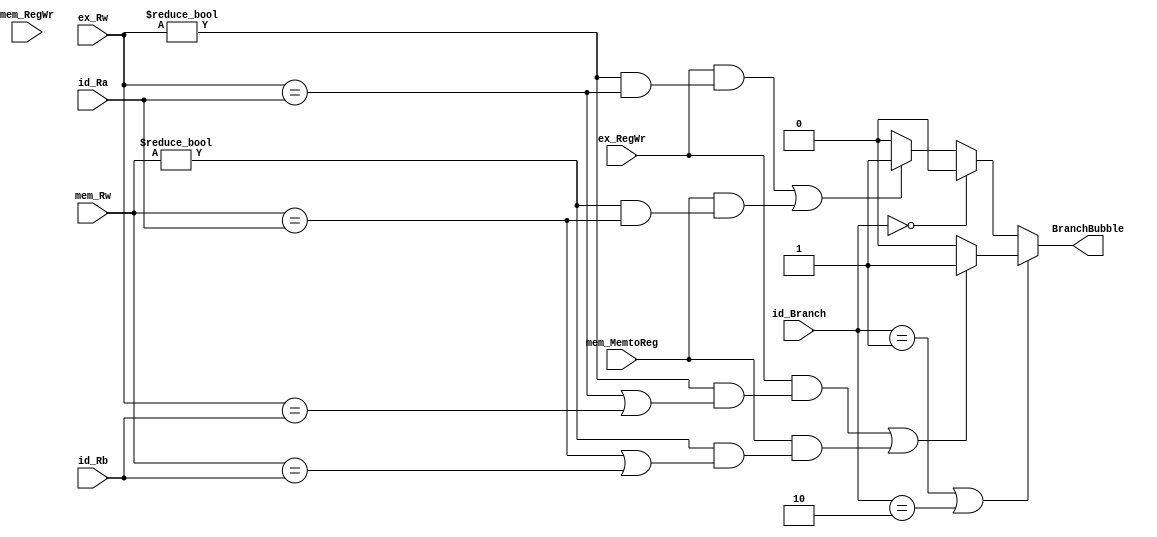
module BranchBubbleUnit(id_Ra, id_Rb, ex_RegWr, ex_Rw, mem_RegWr, 
                        mem_MemtoReg, mem_Rw, BranchBubble, id_Branch);
	input [4:0] id_Ra;
	input [4:0] id_Rb;
	input       ex_RegWr;
	input [4:0] ex_Rw;
	input       mem_RegWr;
	input       mem_MemtoReg;
	input [4:0] mem_Rw;
	input [2:0]	id_Branch;
	output reg  BranchBubble;

	initial begin
		BranchBubble = 0;
	end
	always @(*) begin
		if (id_Branch == 3'b001 || id_Branch == 3'b010) begin //BEQ,BNE
			if (((ex_RegWr==1) && (ex_Rw != 0 && (ex_Rw == id_Ra || ex_Rw == id_Rb))) || //
			     ((mem_MemtoReg==1) && (mem_Rw!=0 && (mem_Rw == id_Ra || mem_Rw == id_Rb)))) begin //lw
			  	 BranchBubble <= 1;
			end else begin
			 	 BranchBubble <= 0; 	
			end 
		end else 
		if (id_Branch == 3'b000) begin
				 BranchBubble <= 0;
		end else begin //BEGEZ,BGTZ,BLEZ,BLTZ ,busB 
			if (((ex_RegWr==1) && (ex_Rw != 0 && ex_Rw == id_Ra)) || //
			     ((mem_MemtoReg==1) && (mem_Rw!=0 && mem_Rw == id_Ra))) begin //lw
			  	 BranchBubble <= 1;
			end else begin
			 	 BranchBubble <= 0; 	
			end 						
		end
	end
endmodule